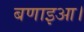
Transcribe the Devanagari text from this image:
बणाइआ।